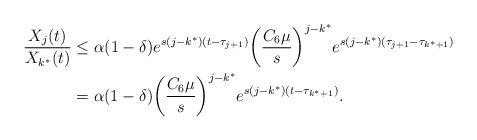
LaTeX: \begin{align*}\frac{X_j(t)}{X_{k^*}(t)} &\leq \alpha (1 - \delta) e^{s(j - k^*)(t - \tau_{j+1})} \bigg( \frac{C_6 \mu}{s} \bigg)^{j - k^*} e^{s(j - k^*)(\tau_{j+1} - \tau_{k^*+1})} \\&= \alpha (1 - \delta) \bigg( \frac{C_6 \mu}{s} \bigg)^{j-k^*} e^{s (j - k^*)(t - \tau_{k^*+1})}.\end{align*}